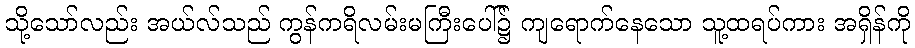
သို့သော်လည်း အယ်လ်သည် ကွန်ကရိလမ်းမကြီးပေါ်၌ ကျရောက်နေသော သူ့ထရပ်ကား အရှိန်ကို